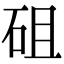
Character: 砠